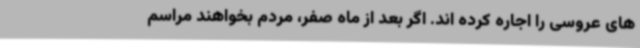
های عروسی را اجاره کرده اند. اگر بعد از ماه صفر، مردم بخواهند مراسم